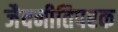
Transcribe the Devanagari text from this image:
जैवनीतिपरक